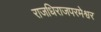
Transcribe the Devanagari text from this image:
राजधिराजपरमेश्वर